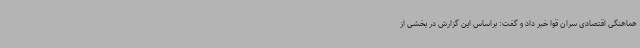
هماهنگی اقتصادی سران قوا خبر داد و گفت: براساس این گزارش در بخشی از